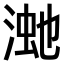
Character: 𣸚